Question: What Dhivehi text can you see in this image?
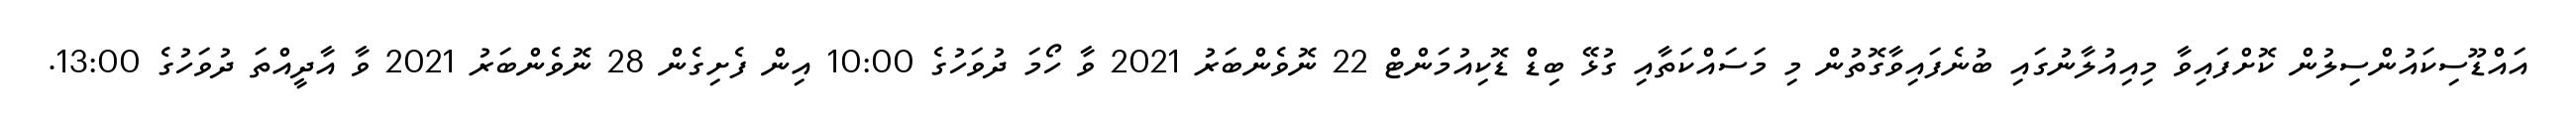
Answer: އައްޑޫސިކައުންސިލުން ކޮށްފައިވާ މިއިއުލާނުގައި ބުނެފައިވާގޮތުން މި މަސައްކަތާއި ގުޅޭ ބިޑް ޑޮކިއުމަންޓް 22 ނޮވެންބަރު 2021 ވާ ހޯމަ ދުވަހުގެ 10:00 އިން ފެށިގެން 28 ނޮވެންބަރު 2021 ވާ އާދީއްތަ ދުވަހުގެ 13:00.